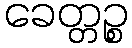
ခေတ္တဉ္စ